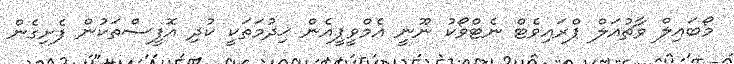
މޯބައިލް ވާޗުއަލް ޕްރައިވެޓް ނެޓްވޯކު ނޫނީ އެމްވީޕީއެން ޚިދުމަތަކީ ކުދި އޮފީސްތަކުން ފެށިގެން